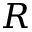
R